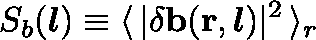
S _ { b } ( \boldsymbol { l } ) \equiv \langle \, \mathbf { \lvert \delta b ( r , } \, \boldsymbol { l } ) \rvert ^ { 2 } \, \rangle _ { r }